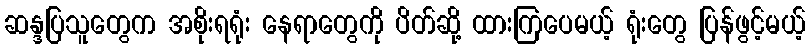
ဆန္ဒပြသူတွေက အစိုးရရုံး နေရာတွေကို ပိတ်ဆို့ ထားကြပေမယ့် ရုံးတွေ ပြန်ဖွင့်မယ့်